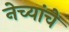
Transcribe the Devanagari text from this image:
नेच्यांचे